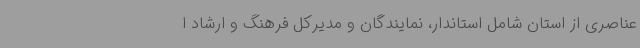
عناصری از استان شامل استاندار، نمایندگان و مدیرکل فرهنگ و ارشاد ا